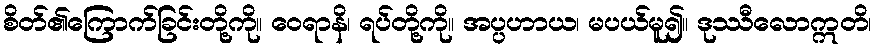
စိတ်၏ကြောက်ခြင်းတို့ကို။ ဝေရာနိ၊ ရပ်တို့ကို။ အပ္ပဟာယ၊ မပယ်မူ၍။ ဒုဿီလောဣတိ၊